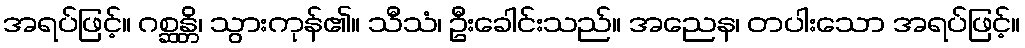
အရပ်ဖြင့်။ ဂစ္ဆန္တိ၊ သွားကုန်၏။ သီသံ၊ ဦးခေါင်းသည်။ အညေန၊ တပါးသော အရပ်ဖြင့်။